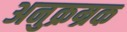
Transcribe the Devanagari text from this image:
अनुक्रम्रक